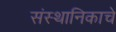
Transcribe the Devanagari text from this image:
संस्थानिकाचे